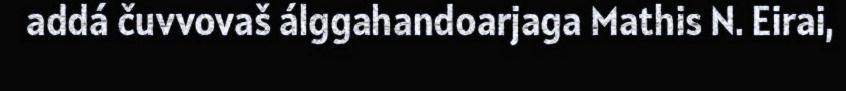
addá čuvvovaš álggahandoarjaga Mathis N. Eirai,